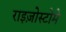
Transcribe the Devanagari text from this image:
राइज़ोस्टोमे